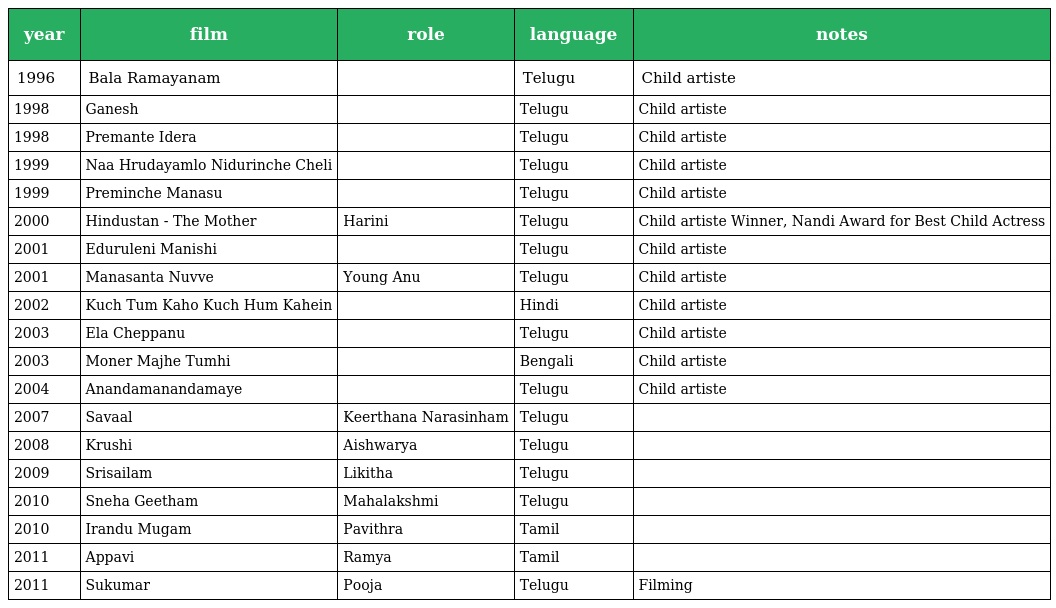
| year | film | role | language | notes |
 | --- | --- | --- | --- | --- |
 | 1996 | Bala Ramayanam |  | Telugu | Child artiste |
 | 1998 | Ganesh |  | Telugu | Child artiste |
 | 1998 | Premante Idera |  | Telugu | Child artiste |
 | 1999 | Naa Hrudayamlo Nidurinche Cheli |  | Telugu | Child artiste |
 | 1999 | Preminche Manasu |  | Telugu | Child artiste |
 | 2000 | Hindustan - The Mother | Harini | Telugu | Child artiste Winner, Nandi Award for Best Child Actress |
 | 2001 | Eduruleni Manishi |  | Telugu | Child artiste |
 | 2001 | Manasanta Nuvve | Young Anu | Telugu | Child artiste |
 | 2002 | Kuch Tum Kaho Kuch Hum Kahein |  | Hindi | Child artiste |
 | 2003 | Ela Cheppanu |  | Telugu | Child artiste |
 | 2003 | Moner Majhe Tumhi |  | Bengali | Child artiste |
 | 2004 | Anandamanandamaye |  | Telugu | Child artiste |
 | 2007 | Savaal | Keerthana Narasinham | Telugu |  |
 | 2008 | Krushi | Aishwarya | Telugu |  |
 | 2009 | Srisailam | Likitha | Telugu |  |
 | 2010 | Sneha Geetham | Mahalakshmi | Telugu |  |
 | 2010 | Irandu Mugam | Pavithra | Tamil |  |
 | 2011 | Appavi | Ramya | Tamil |  |
 | 2011 | Sukumar | Pooja | Telugu | Filming |